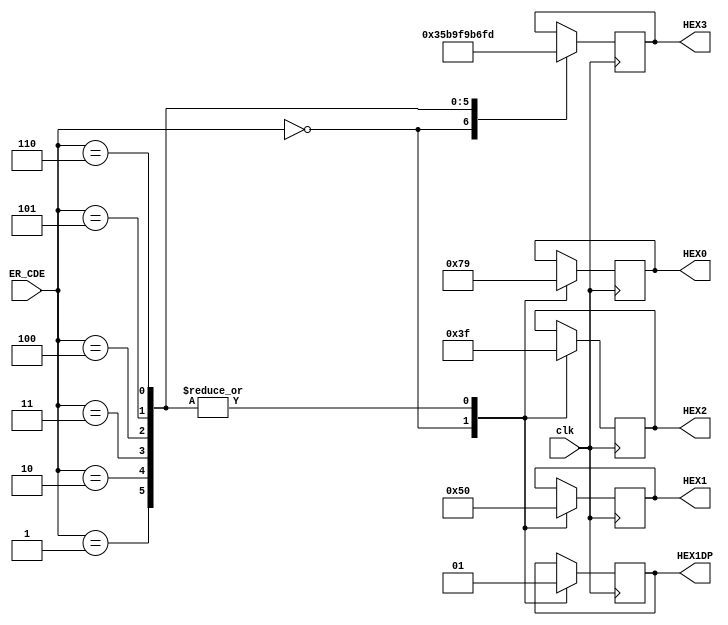
module ER_CDE_Handler(ER_CDE, clk, HEX0, HEX1, HEX2, HEX3, HEX1DP);

input[7:0] ER_CDE;
input clk;
output reg[6:0] HEX0, HEX1, HEX2, HEX3;
output reg HEX1DP;

always @(posedge clk) begin

case (ER_CDE[7:0])

8'b00000000: begin //No Error

HEX0 = 7'b0000000;
HEX1 = 7'b0000000;
HEX2 = 7'b0000000;
HEX3 = 7'b0000000;
HEX1DP = 1'b0; end

8'b00000001: begin //Tried to load in stack range

HEX0 = 7'b1111001;
HEX1 = 7'b1010000; 
HEX2 = 7'b0111111;
HEX3 = 7'b0000110;
HEX1DP = 1'b1; end

8'b00000010: begin //Tried to store in stack range 

HEX0 = 7'b1111001;
HEX1 = 7'b1010000; 
HEX2 = 7'b0111111;
HEX3 = 7'b1011011; 
HEX1DP = 1'b1; end

8'b00000011: begin //Tried to PUSH full stack (overflow)

HEX0 = 7'b1111001;
HEX1 = 7'b1010000; 
HEX2 = 7'b0111111;
HEX3 = 7'b1001111; 
HEX1DP = 1'b1; end

8'b00000100: begin //Tried to POP empty stack

HEX0 = 7'b1111001;
HEX1 = 7'b1010000; 
HEX2 = 7'b0111111;
HEX3 = 7'b1100110;
HEX1DP = 1'b1; end

8'b00000101: begin //Tried to Return PC with empty stack

HEX0 = 7'b1111001;
HEX1 = 7'b1010000; 
HEX2 = 7'b0111111;
HEX3 = 7'b1101101;
HEX1DP = 1'b1; end

8'b00000110: begin //Tried to Call with full stack

HEX0 = 7'b1111001;
HEX1 = 7'b1010000; 
HEX2 = 7'b0111111;
HEX3 = 7'b1111101;
HEX1DP = 1'b1; end

endcase
end

endmodule